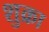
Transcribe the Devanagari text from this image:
शुक्रा